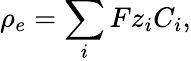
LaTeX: \rho_{e}=\sum_{i}Fz_{i}C_{i},